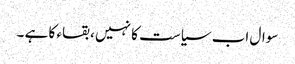
سوال اب سیاست کا نہیں ، بقاء کا ہے ۔